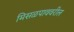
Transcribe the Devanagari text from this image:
मिसळपाववरील